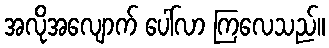
အလိုအလျောက် ပေါ်လာ ကြလေသည်။